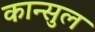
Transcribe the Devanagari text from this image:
कान्सुल